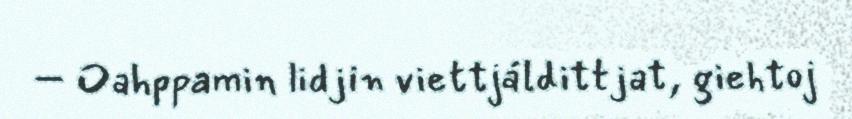
– Oahppamin lidjin viettjáldittjat, giehtoj